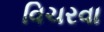
વિચરવા